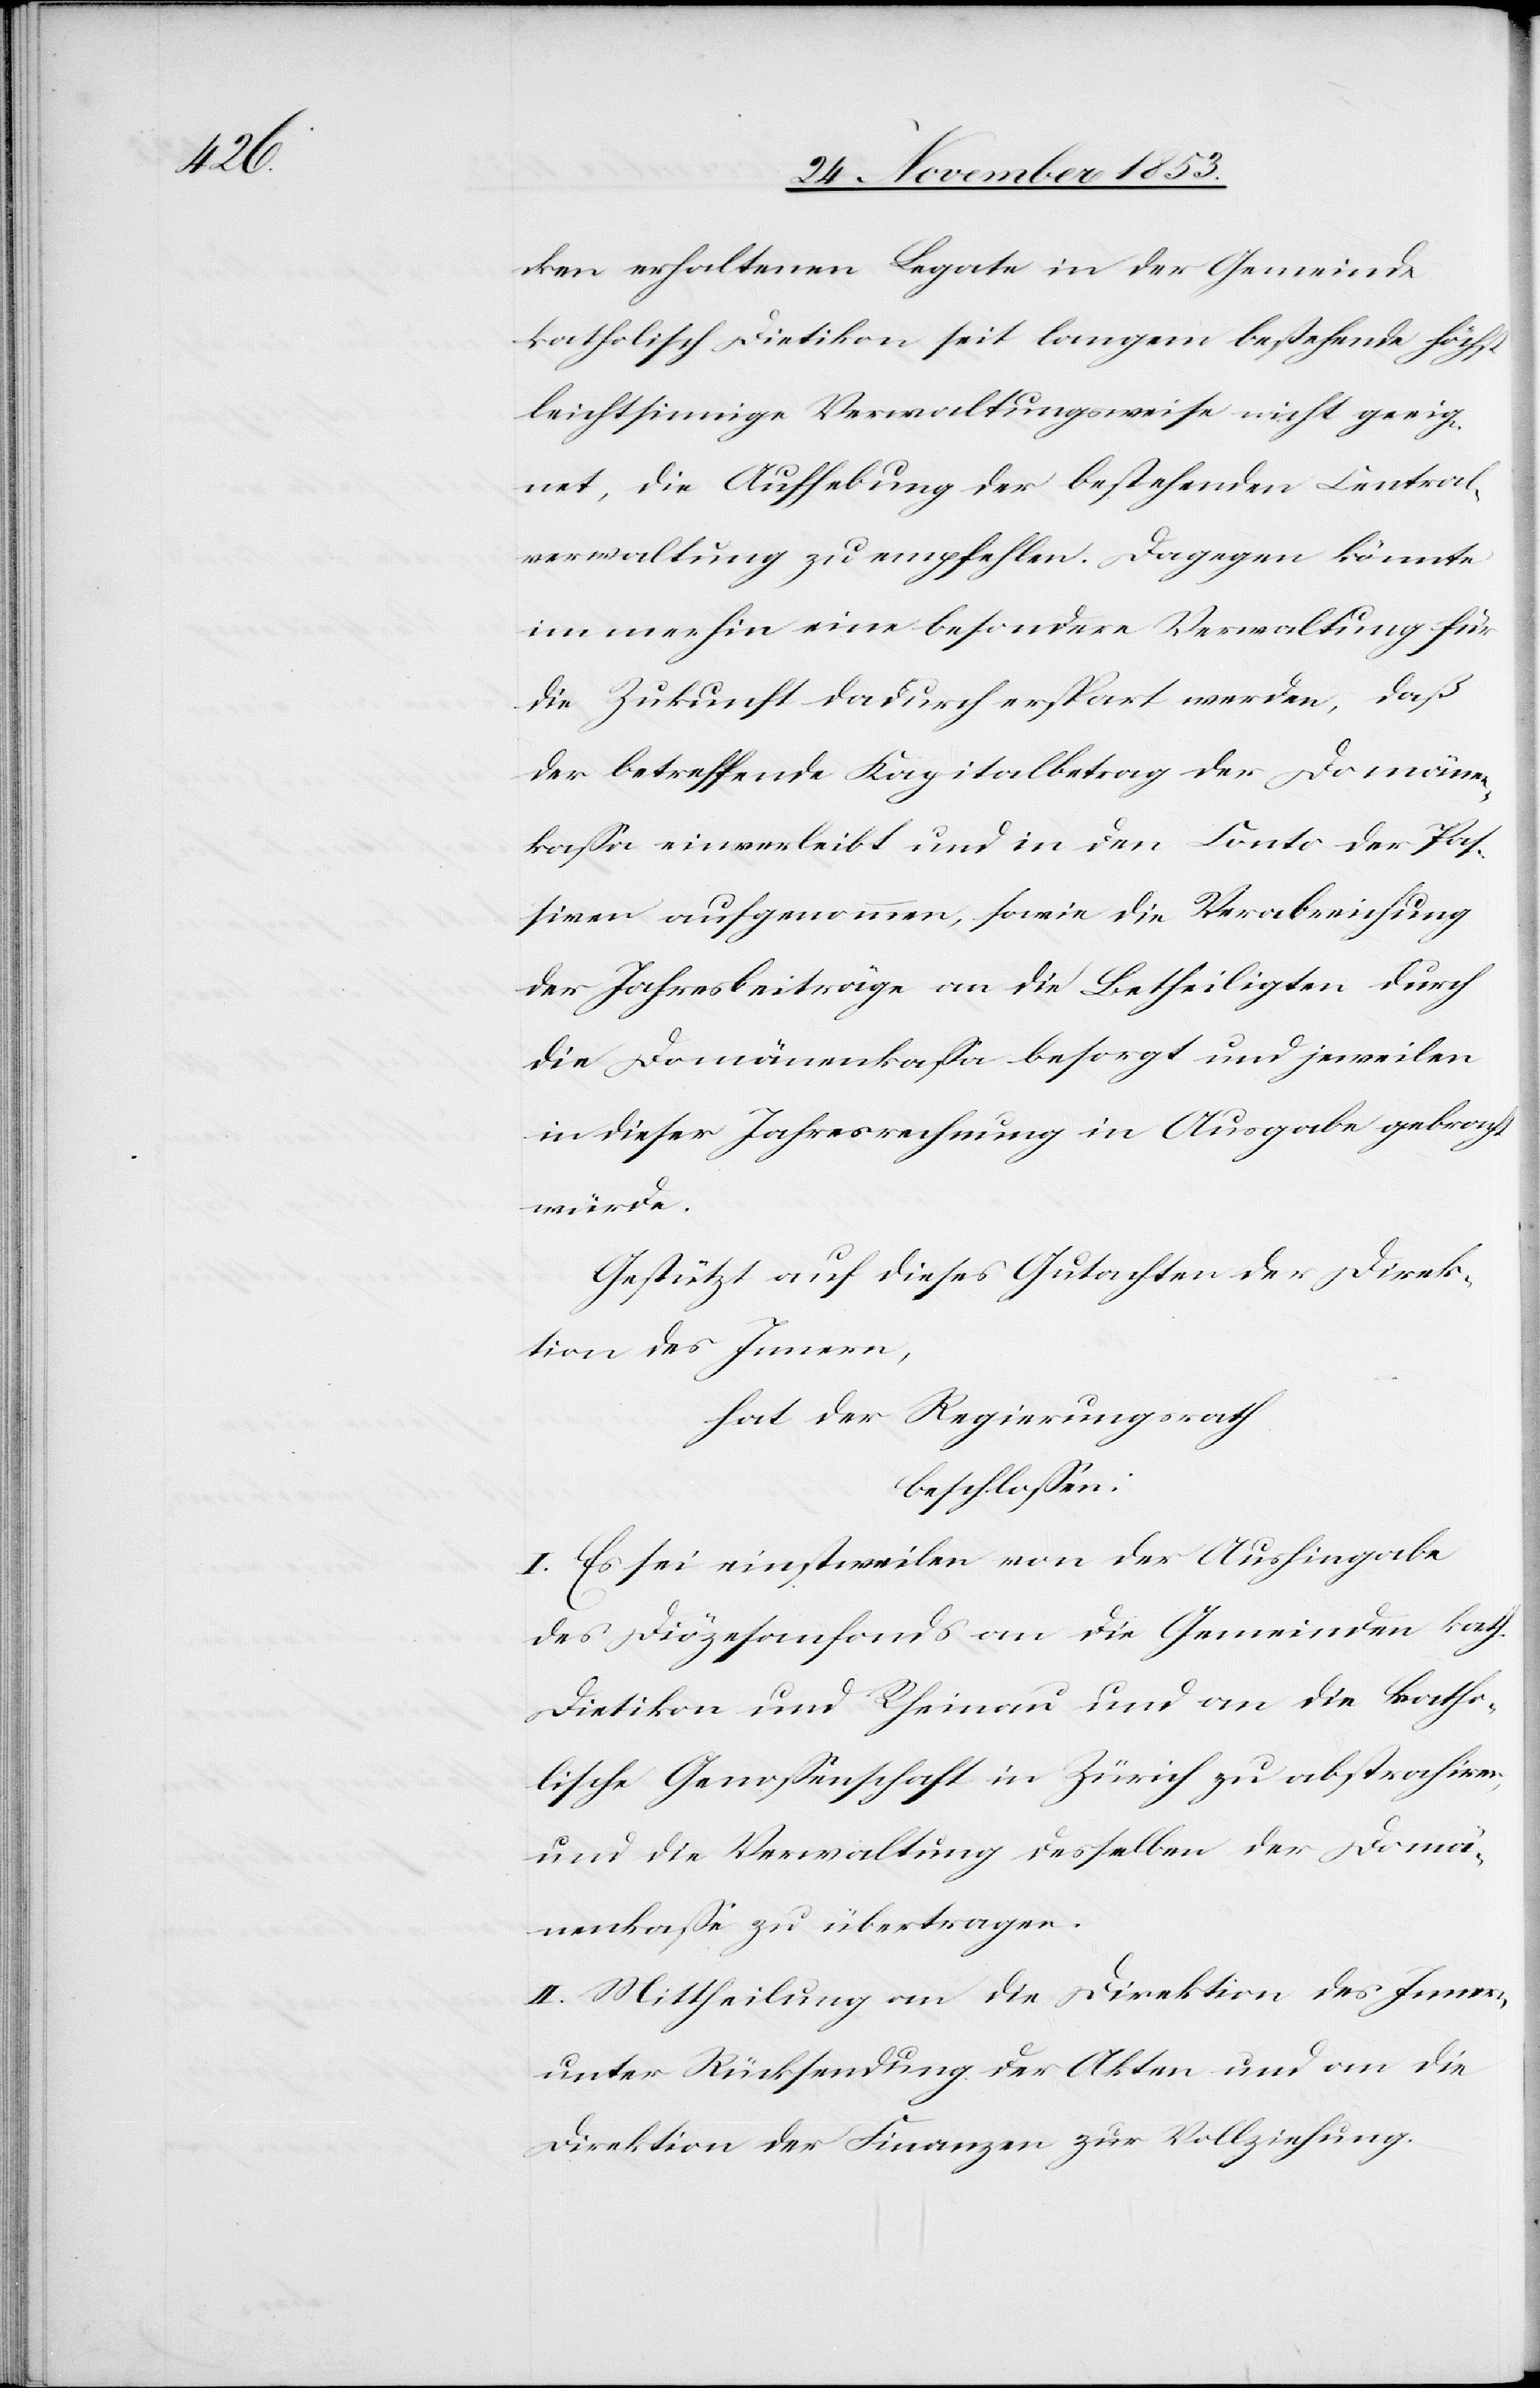
cken erhaltenen Legate in der Gemeinde
katholisch Dietikon seit langem bestehende höchst
leichtsinnige Verwaltungsweise nicht geeig¬
net, die Aufhebung der bestehenden Central¬
verwaltung zu empfehlen. Dagegen könnte
immerhin eine besondere Verwaltung für
die Zukunft dadurch erspart werden, daß
der betreffende Kapitalbetrag der Domänen¬
kaße einverleibt und in den Conto der Po¬
sitiven aufgenommen, sowie die Verabreichung
der Jahresbeiträge an die Betheiligten durch
die Domänenkaßa besorgt und jeweilen
in dieser Jahresrechnung in Ausgabe gebracht
würde.
Gestützt auf dieses Gutachten der Direk¬
tion des Innern,
hat der Regierungsrath
beschloßen:
I. Es sei einstweilen von der Aushingabe
des Diözesenfonds an die Gemeinden kath.
Dietikon und Rheinau und an die katho¬
lische Genoßenschaft in Zürich zu abstrahiren,
und die Verwaltung desselben der Domä¬
nenkaße zu übertragen.
II. Mittheilung an die Direktion des Innern,
unter Rücksendung der Akten und an die
Direktion der Finanzen zur Vollziehung.